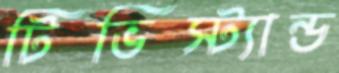
টিভিস্ট্যান্ড